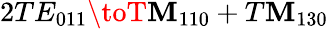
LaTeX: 2TE_{011}\toT\mathbf{M}_{110}+T\mathbf{M}_{130}